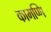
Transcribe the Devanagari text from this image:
कामप्णि